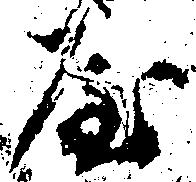
屋